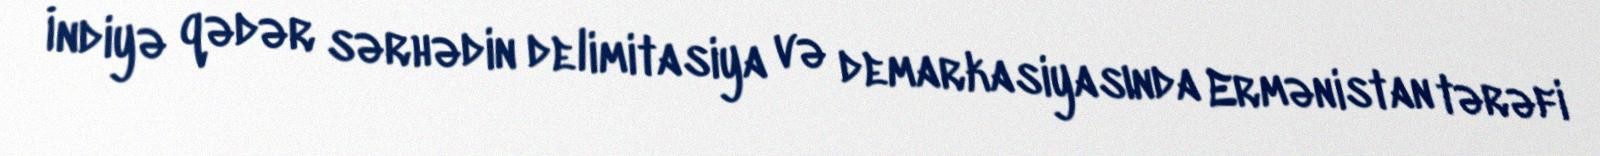
İndiyə qədər sərhədin delimitasiya və demarkasiyasında Ermənistan tərəfi